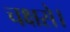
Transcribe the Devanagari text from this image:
चक्षसे।